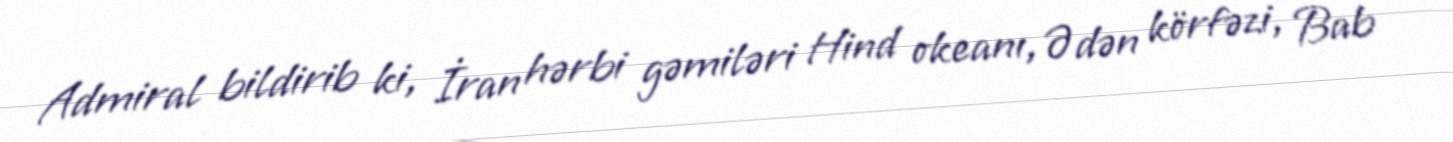
Admiral bildirib ki, İran hərbi gəmiləri Hind okeanı, Ədən körfəzi, Bab